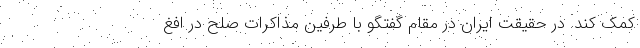
کمک کند. در حقیقت ایران در مقام گفتگو با طرفین مذاکرات صلح در افغ